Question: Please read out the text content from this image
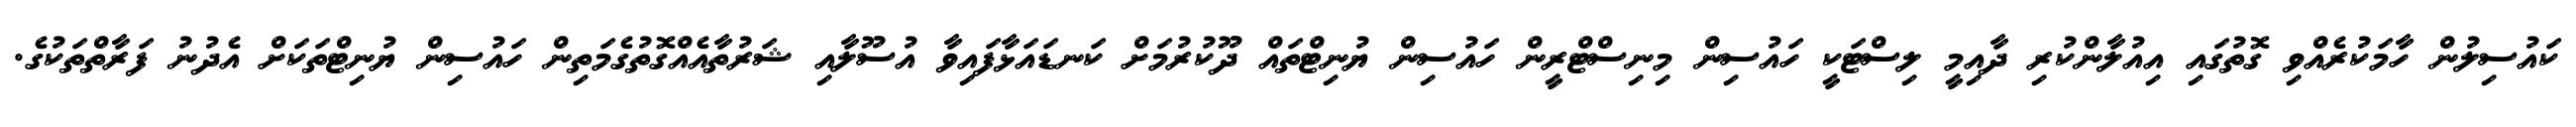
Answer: ކައުސިލުން ހާމަކުރެއްވި ގޮތުގައި އިއުލާންކުރި ދާއިމީ ލިސްޓަކީ ހައުސިން މިނިސްޓްރީން ހައުސިން ޔުނިޓްތައް ދޫކުރުމަށް ކަނޑައަޅާފައިވާ އުސޫލާއި ޝަރުތާއެއްގޮތުގެމަތިން ހައުސިން ޔުނިޓްތަކަށް އެދުނު ފަރާތްތަކުގެ.